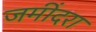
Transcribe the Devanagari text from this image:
जमींदरा